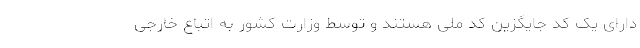
دارای یک کد جایگزین کد ملی هستند و توسط وزارت کشور به اتباع خارجی